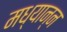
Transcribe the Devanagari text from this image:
मध्यान्न